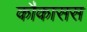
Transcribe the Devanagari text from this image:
कौकासस